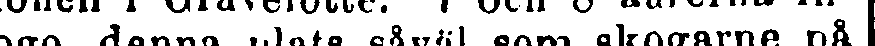
togo denna plats såväl som skogarne på |